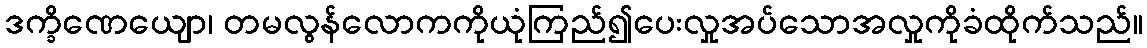
ဒက္ခိဏေယျော၊ တမလွန်လောကကိုယုံကြည်၍ပေးလှုအပ်သောအလှုကိုခံထိုက်သည်။